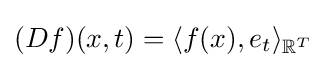
(Df)(x,t)=\langle f(x),e_{t}\rangle _{\mathbb {R} ^{T}}